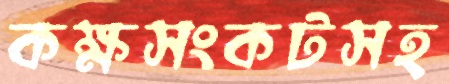
কক্ষসংকটসহ